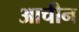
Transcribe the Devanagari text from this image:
आचीन